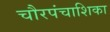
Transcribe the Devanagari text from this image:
चौरपंचाशिका